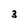
Character: 3